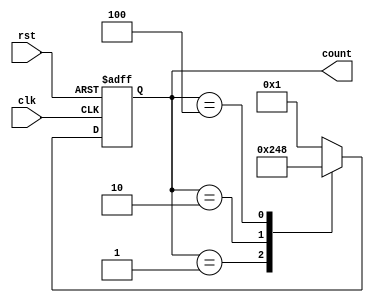
module RingCounter (
    input wire clk,
    input wire rst,
    output reg [3:0] count
);

reg [3:0] next_count;

always @(posedge clk or posedge rst) begin
    if (rst) begin
        count <= 4'b0001;
    end else begin
        count <= next_count;
    end
end

always @(*) begin
    case(count)
        4'b0001: next_count = 4'b0010;
        4'b0010: next_count = 4'b0100;
        4'b0100: next_count = 4'b1000;
        4'b1000: next_count = 4'b0001;
        default: next_count = 4'b0001;
    endcase
end

endmodule